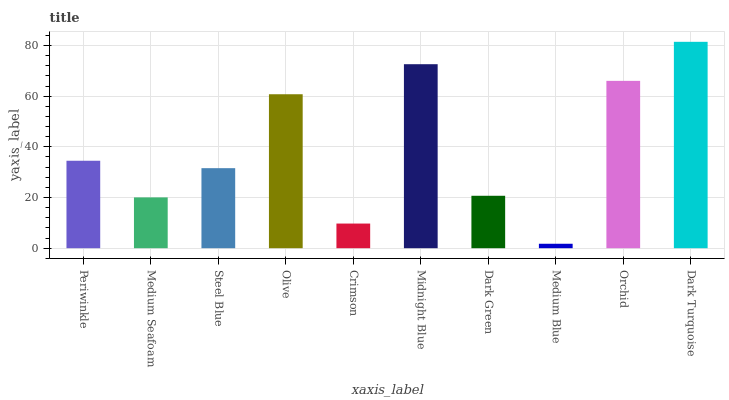
| xaxis_label | bars |
 | --- | --- |
 | Periwinkle | 34.5 |
 | Medium Seafoam | 20 |
 | Steel Blue | 31.6 |
 | Olive | 60.8 |
 | Crimson | 9.73 |
 | Midnight Blue | 72.6 |
 | Dark Green | 20.7 |
 | Medium Blue | 1.75 |
 | Orchid | 66 |
 | Dark Turquoise | 81.4 |